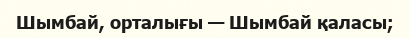
Шымбай, орталығы — Шымбай қаласы;